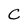
Character: C